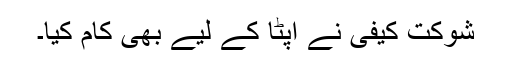
شوکت کیفی نے اپٹا کے لیے بھی کام کیا۔